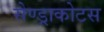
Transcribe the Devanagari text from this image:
सेण्ड्राकोटस